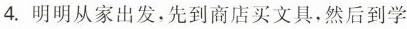
4.明明从家出发，先到商店买文具，然后到学